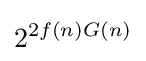
2^{2f(n)G(n)}